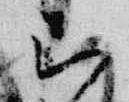
被